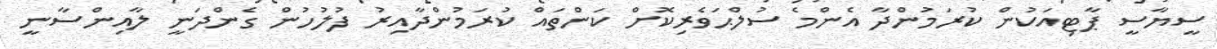
ސީޔާސީ ޕާޓިއަކުން ކުރަމުންދާ އެންމެ ސުލްޙަވެރިކޮށް ކަންތައް ކުރަމުންދާއިރު ފުލުހުން ގެންދަނީ ލާއިންސާނީ